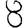
Digit: 8